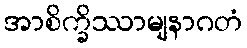
အာစိက္ခိဿာမျနာဂတံ